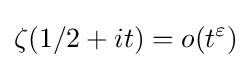
\zeta (1/2+it)=o(t^{\varepsilon })